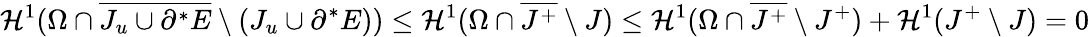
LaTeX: {\mathcal{H}}^{1}(\Omega\cap\overline{{J_{u}\cup\partial^{*}E}}\setminus(J_{u}\cup\partial^{*}E))\leq{\mathcal{H}}^{1}(\Omega\cap\overline{{J^{+}}}\setminus J)\leq{\mathcal{H}}^{1}(\Omega\cap\overline{{J^{+}}}\setminus J^{+})+{\mathcal{H}}^{1}(J^{+}\setminus J)=0